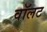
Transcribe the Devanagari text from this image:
वॉलट